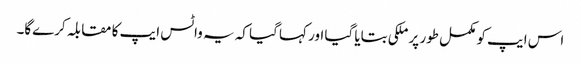
اس ایپ کو مکمل طور پر ملکی بتایا گیا اور کہا گیا کہ یہ واٹس ایپ کا مقابلہ کرےگا۔